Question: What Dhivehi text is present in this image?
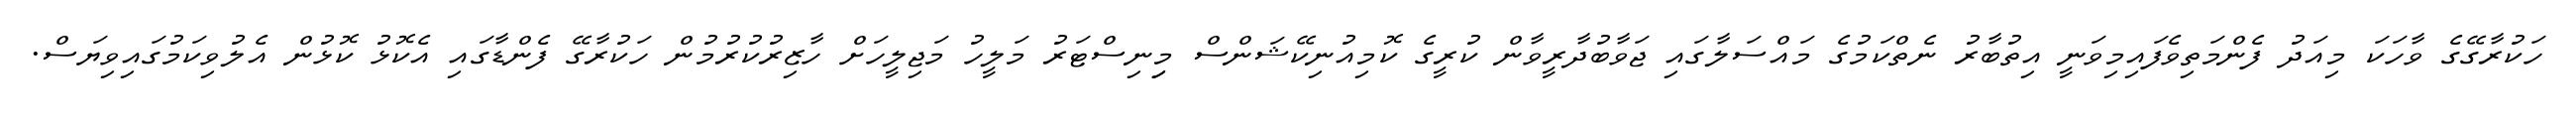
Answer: ހަކުރާގޭގެ ވާހަކަ މިއަދު ފެންމަތިވެފައިމިވަނީ އިތުބާރު ނެތްކަމުގެ މައްސަލާގައި ޖަވާބުދާރީވާން ކުރީގެ ކޮމިއުނިކޭޝަންސް މިިނިސްޓަރު މަލީހު މަޖިލީހަށް ހާޒިރުކުރުމުން ހަކުރާގޭ ފެންޑާގައި އެކޮޅު ކޮޅުން އެލުވިކަމުގައިވިޔަސް.